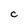
Character: c